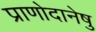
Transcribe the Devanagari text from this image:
प्राणोदानेषु